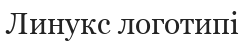
Линукс логотипі